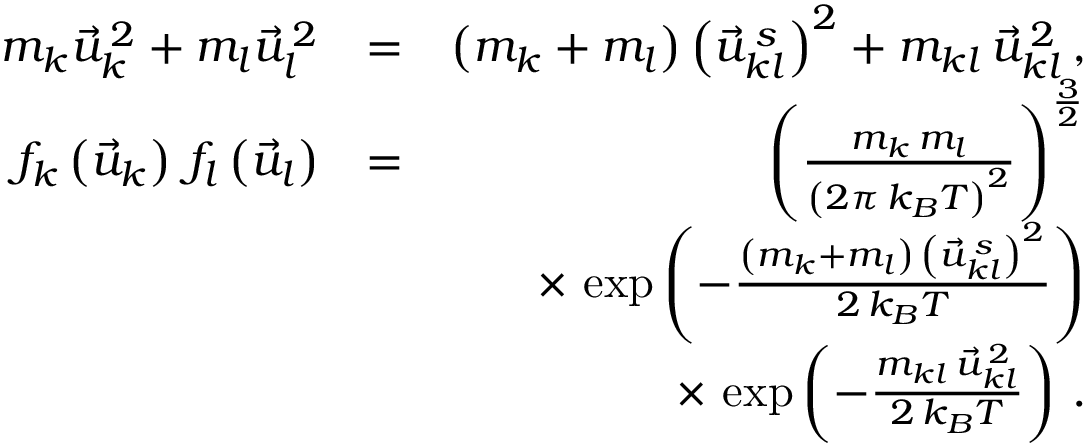
\begin{array} { r l r } { m _ { k } \vec { u } _ { k } ^ { \, 2 } + m _ { l } \vec { u } _ { l } ^ { \, 2 } } & { = } & { \left( m _ { k } + m _ { l } \right) \left( \vec { u } _ { k l } ^ { \, s } \right) ^ { 2 } + m _ { k l } \, \vec { u } _ { k l } ^ { \, 2 } \, , } \\ { f _ { k } \left( \vec { u } _ { k } \right) \, f _ { l } \left( \vec { u } _ { l } \right) } & { = } & { \left( \frac { m _ { k } \, m _ { l } } { \left( 2 \pi \, k _ { B } T \right) ^ { 2 } } \right) ^ { \frac { 3 } { 2 } } } \\ & { } & { \times \, \exp \left( - \frac { \left( m _ { k } + m _ { l } \right) \, \left( \vec { u } _ { k l } ^ { \, s } \right) ^ { 2 } } { 2 \, k _ { B } T } \right) } \\ & { } & { \times \, \exp \left( - \frac { m _ { k l } \, \vec { u } _ { k l } ^ { \, 2 } } { 2 \, k _ { B } T } \right) \, . } \end{array}